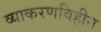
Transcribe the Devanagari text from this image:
व्याकरणविहीन